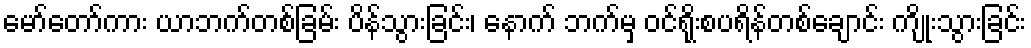
မော်တော်ကား ယာဘက်တစ်ခြမ်း ပိန်သွားခြင်း၊ နောက် ဘက်မှ ဝင်ရိုးစပရိန်တစ်ချောင်း ကျိုးသွားခြင်း